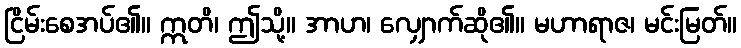
ငြိမ်းစေအပ်၏။ ဣတိ၊ ဤသို့။ အာဟ၊ လျှောက်ဆို၏။ မဟာရာဇ၊ မင်းမြတ်။